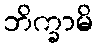
ဘိက္ခာမိ